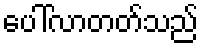
ပေါ်လာတတ်သည်